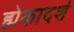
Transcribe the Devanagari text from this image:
ह्मेकादशं